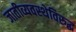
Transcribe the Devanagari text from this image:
जातीव्यवस्थेविरुद्ध